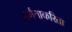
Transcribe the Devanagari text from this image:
वर्णनाकरिता